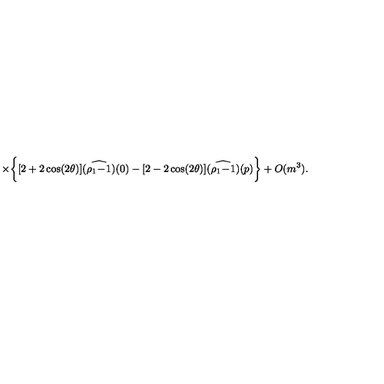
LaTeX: \times \bigg \{ [ 2 + 2 \cos ( 2 \theta ) ] \widehat { ( \rho _ { 1 } \! - \! 1 ) } ( 0 ) - [ 2 - 2 \cos ( 2 \theta ) ] \widehat { ( \rho _ { 1 } \! - \! 1 ) } ( p ) \bigg \} + O ( m ^ { 3 } ) .